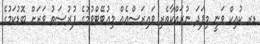
ޑރ ކުއިކް ވަނީ މިފަދަ ނުރައްކާތެރި ވައިރަސްއެއް މިއުޓޭޓްވުމުގެ ފުރުސަތު ވަރަށް ބޮޑުކަމުގެ